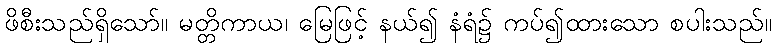
ဖိစီးသည်ရှိသော်။ မတ္တိကာယ၊ မြေဖြင့် နယ်၍ နံရံ၌ ကပ်၍ထားသော စပါးသည်။